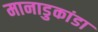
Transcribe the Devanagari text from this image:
मानाडुकांडा